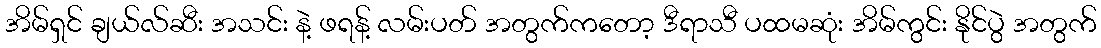
အိမ်ရှင် ချယ်လ်ဆီး အသင်း နဲ့ ဖရန့် လမ်းပတ် အတွက်ကတော့ ဒီရာသီ ပထမဆုံး အိမ်ကွင်း နိုင်ပွဲ အတွက်